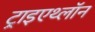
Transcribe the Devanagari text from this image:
ट्राइएथ्लॉन